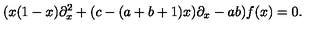
( x ( 1 - x ) \partial _ { x } ^ { 2 } + ( c - ( a + b + 1 ) x ) \partial _ { x } - a b ) f ( x ) = 0 .